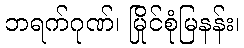
ဘရက်ဂုဏ်၊ မြိုင်စုံမြနန်း၊